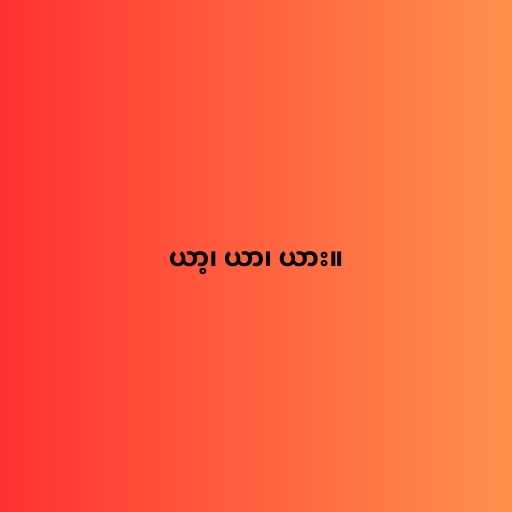
ယာ့၊ ယာ၊ ယား။